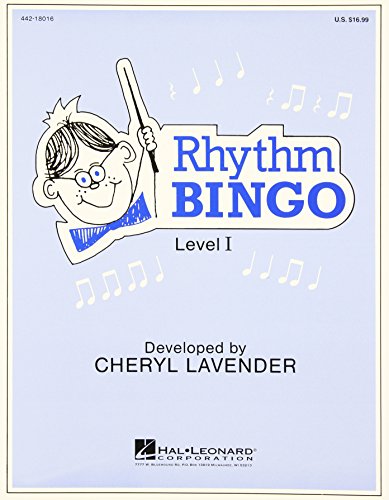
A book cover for Rhythm Bingo - Level 1 Resource Kit; Humor & Entertainment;